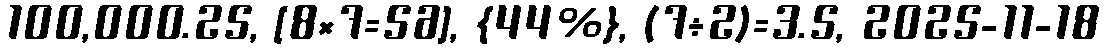
100,000.25, [8×7=56], {44%}, (7÷2)=3.5, 2025-11-18